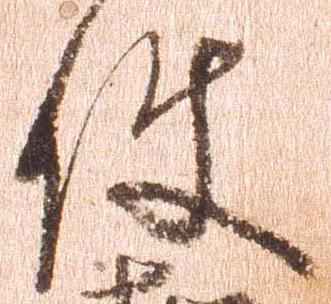
使